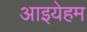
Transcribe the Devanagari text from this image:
आइयेहम